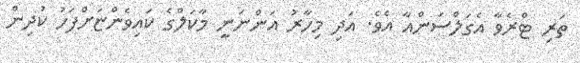
ތަރި ޓްރެވާ އެގަލްސަންއާ އެވެ. އަދި މިހާރު އަންނަނީ މާކަލްގެ ކައިވެންޏަށްފަހު ކުދިން